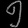
Digit: ၅